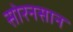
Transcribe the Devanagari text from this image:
सोरनसान